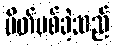
ပိတ်ပစ်ခဲ့သည်